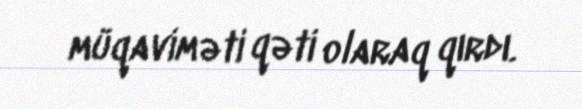
müqaviməti qəti olaraq qırdı.